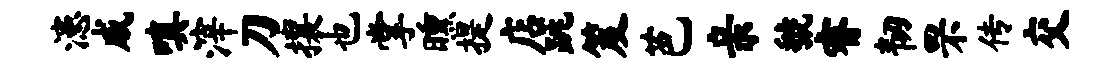
漶戚嗔滓刀攘也掌曛提店跳笈芭亲虢睿韧罘传交